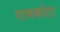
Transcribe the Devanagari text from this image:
रामकोटा